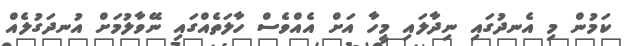
ކަމުން މި އެނދުގައި ނިދާލައި މީހާ އަށް އެއްވެސް ހާލަތެއްގައި ނޭވާލުމަށް އުނދަގުލެއް